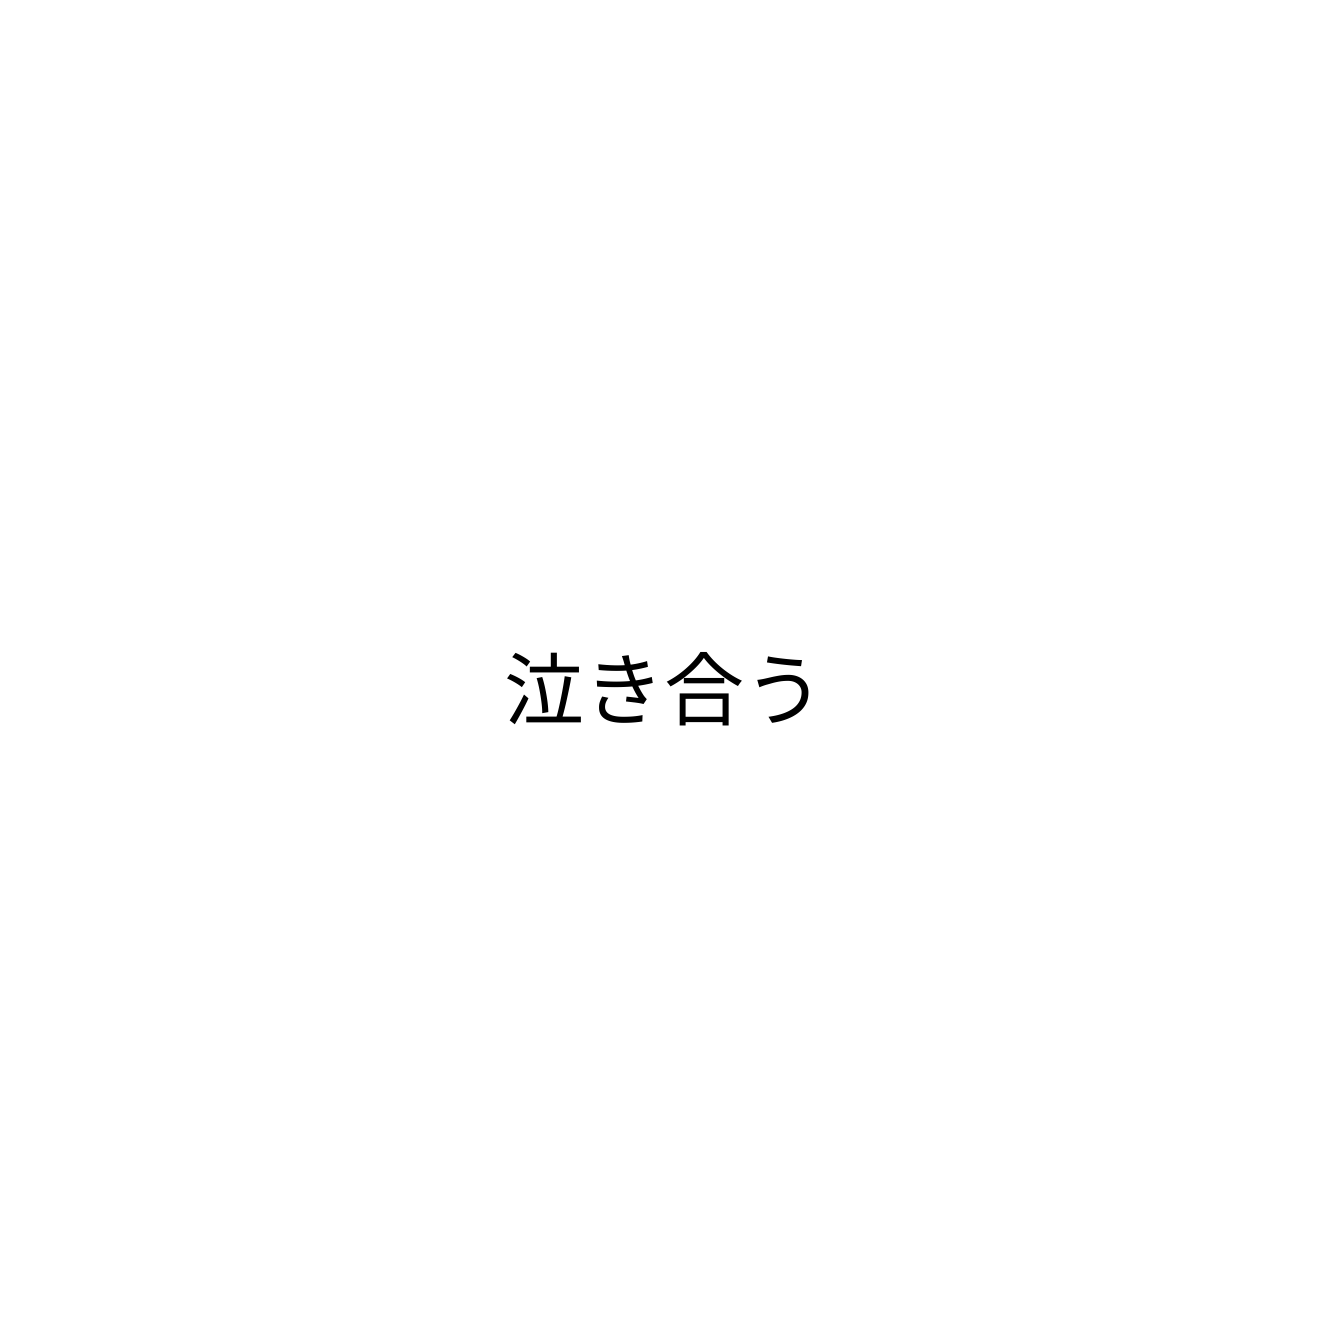
泣き合う